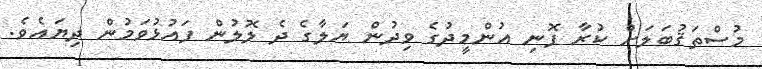
މުސްތަޤުބަލަށް ކުރާ ފޮނި އުންމީދުގެ ވިދުން ޔަލާގެ ދެ ލޮލުން ފައުޅުވަމުން ދިޔައެވެ.